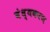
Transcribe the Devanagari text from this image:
वंध्यकरण